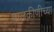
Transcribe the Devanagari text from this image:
मालकीणीच्या